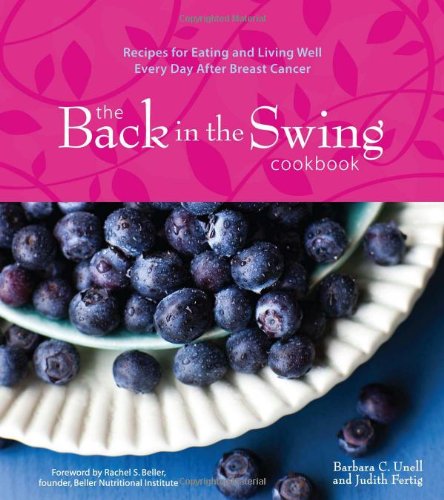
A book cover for The Back in the Swing Cookbook: Recipes for Eating and Living Well Every Day After Breast Cancer; Barbara C. Unell; Cookbooks, Food & Wine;